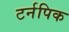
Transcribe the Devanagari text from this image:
टर्नपिक